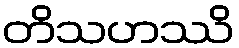
တိသဟဿိ